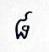
៨